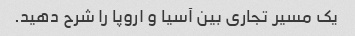
یک مسیر تجاری بین آسیا و اروپا را شرح دهید.